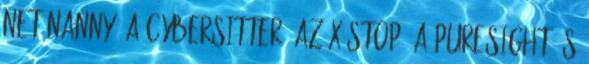
Net Nanny, a CYBERsitter, az X-Stop, a PureSight és